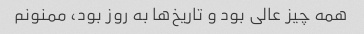
همه چیز عالی بود و تاریخ‌ها به روز بود، ممنونم